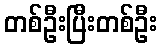
တစ်ဦးပြီးတစ်ဦး